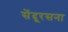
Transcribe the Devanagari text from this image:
सेंदूरसना